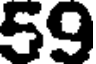
59